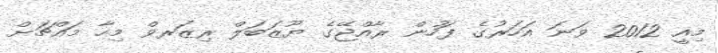
މިއީ 2012 ވަނަ އަހަރުގެ ފަހުން ރާއްޖޭގެ ޔޫޒަބަލް ރިޒަރވް މިހާ މައްޗަށް